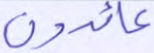
عائدون